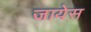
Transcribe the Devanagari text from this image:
जायेस